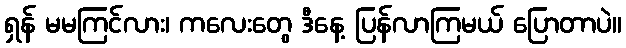
ရှန် မမကြင်လား၊ ကလေးတွေ ဒီနေ့ ပြန်လာကြမယ် ပြောတာပဲ။